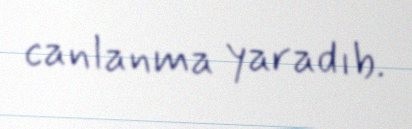
canlanma yaradıb.